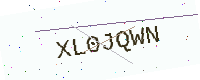
Text: XL0JQWN